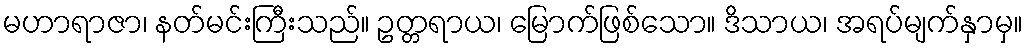
မဟာရာဇာ၊ နတ်မင်းကြီးသည်။ ဥတ္တရာယ၊ မြောက်ဖြစ်သော။ ဒိသာယ၊ အရပ်မျက်နှာမှ။